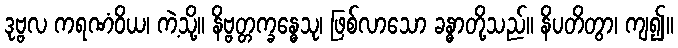
ဒုဗ္ဗလ ကရဏံဝိယ၊ ကဲ့သို့။ နိဗ္ဗတ္တက္ခန္ဓေသု၊ ဖြစ်လာသော ခန္ဓာတို့သည်။ နိပတိတွာ၊ ကျ၍။